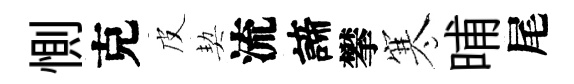
惻克皮契流諦攀寒晡尾